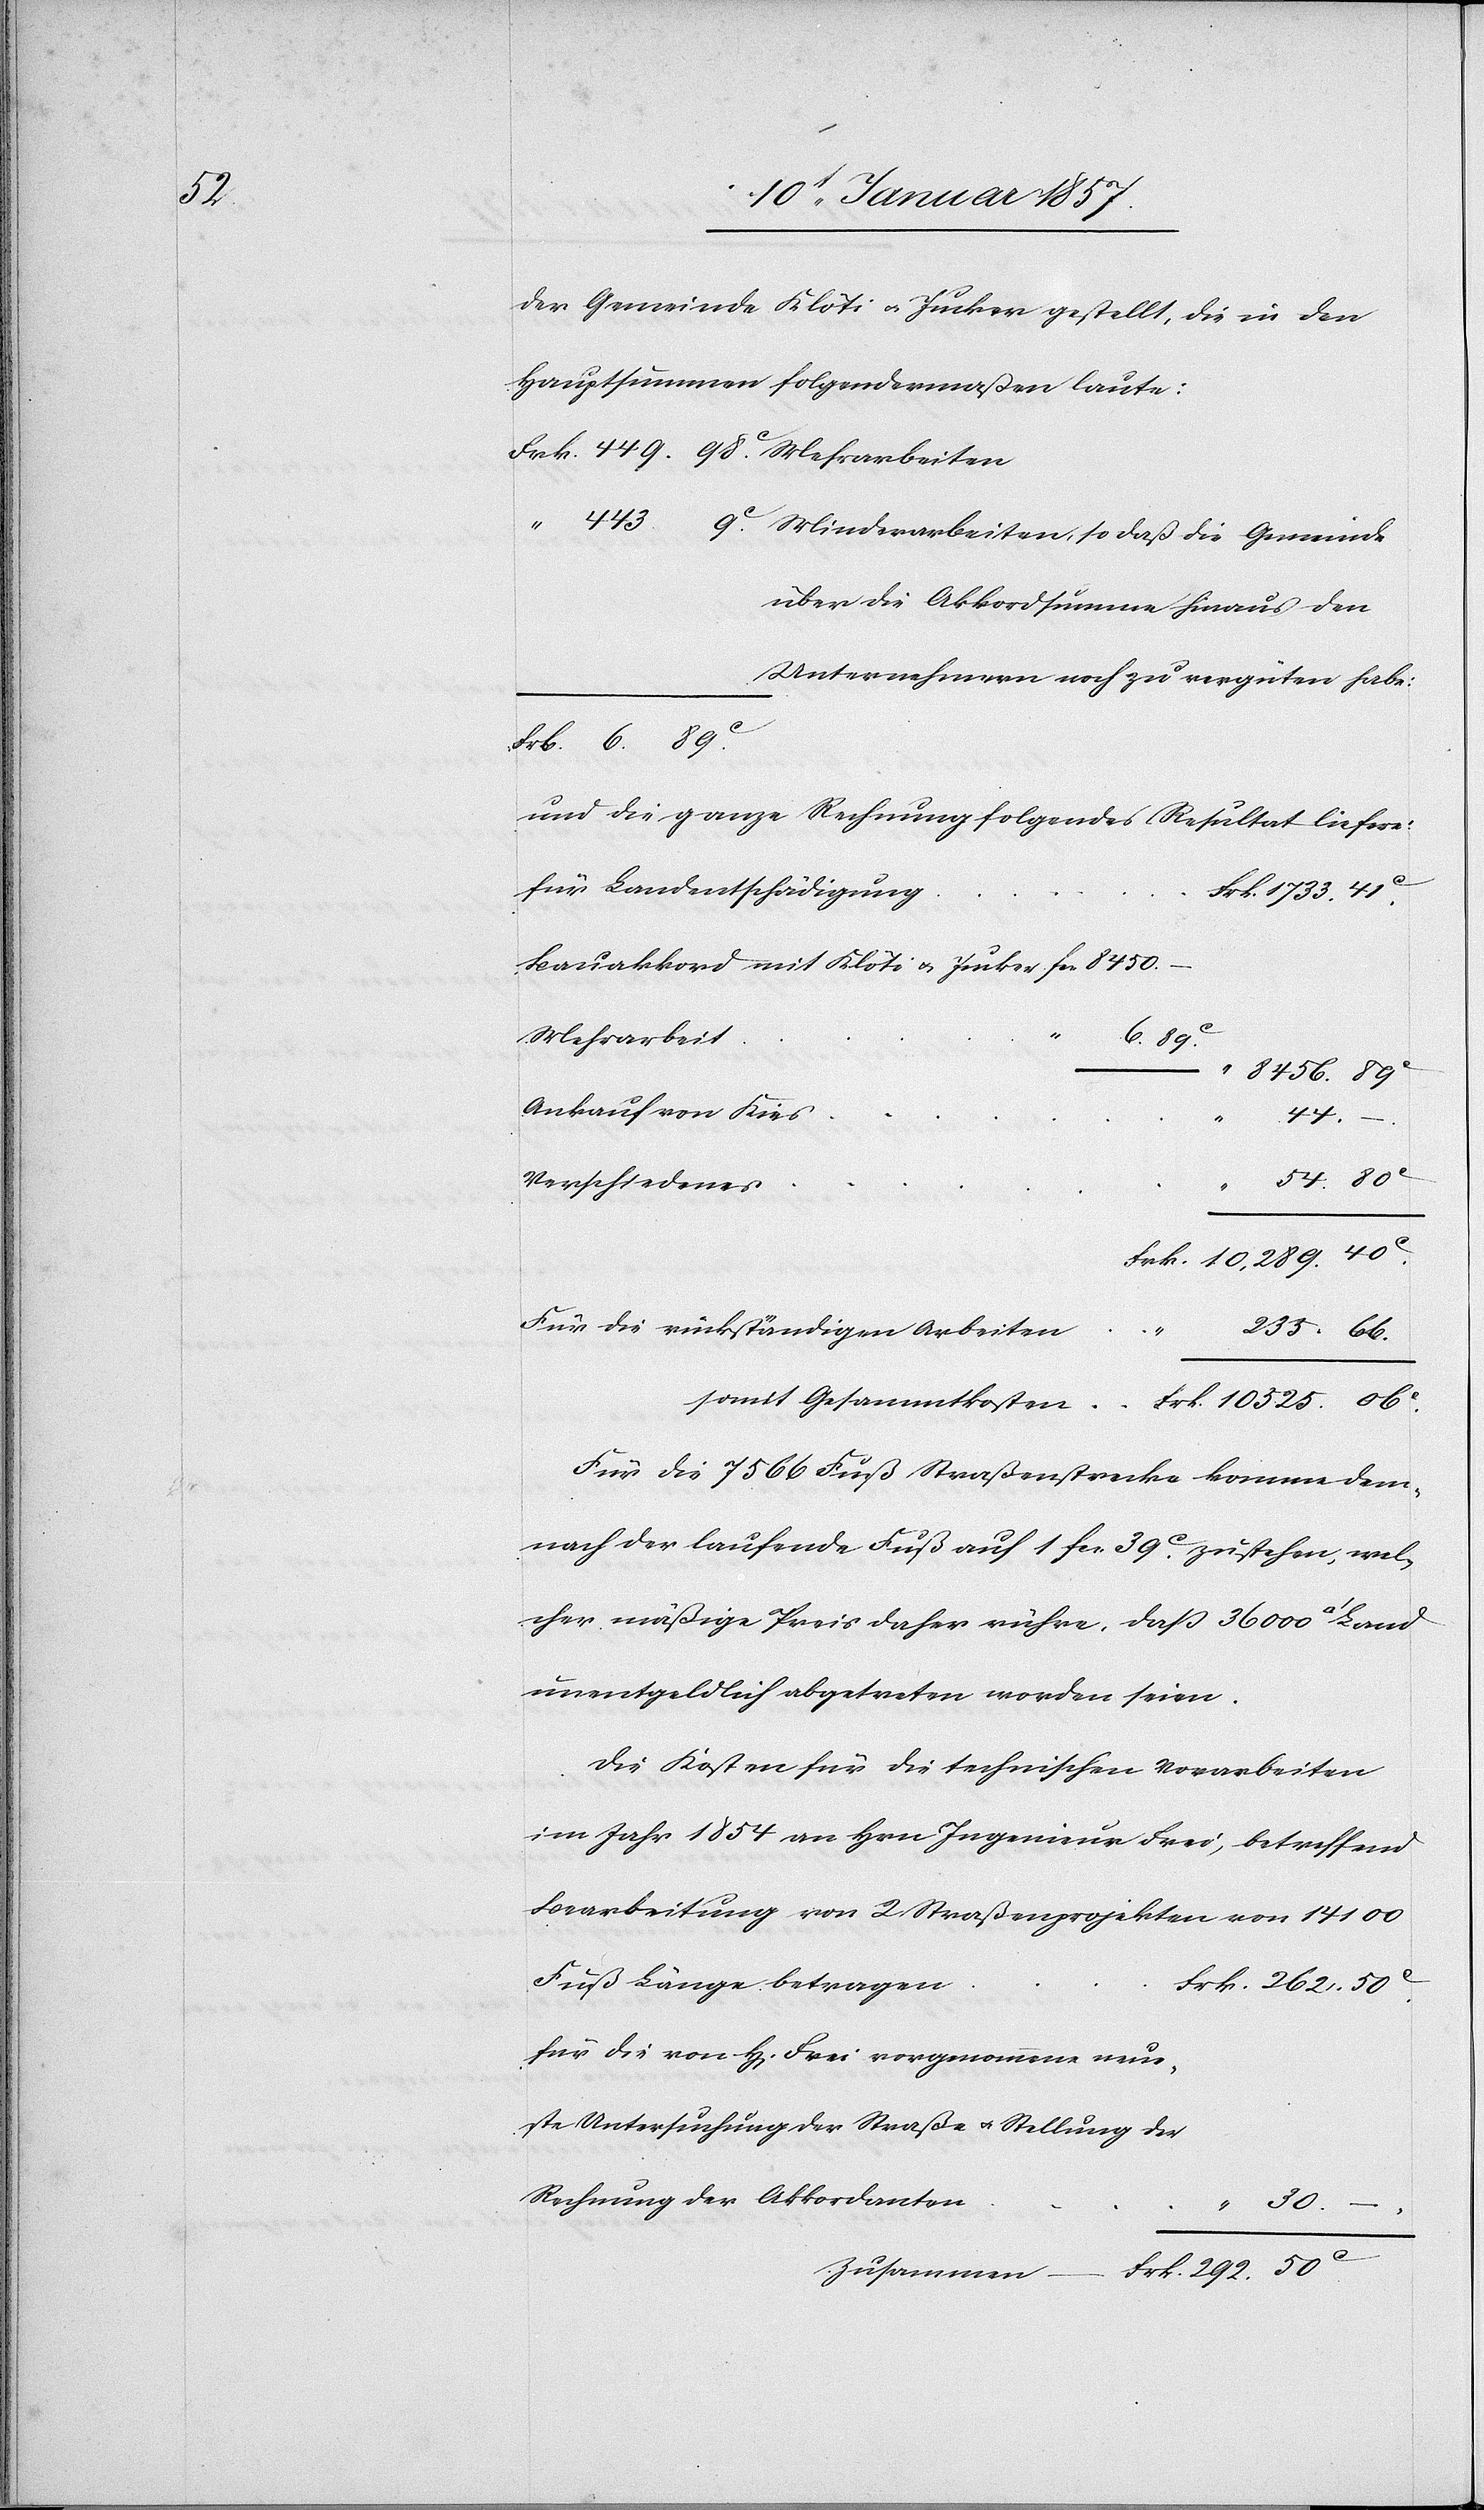
der Gemeinde Klöti u. Jucker gestellt, die in den
Hauptsummen folgendermaßen laute:
über die Akkordsummen hinaus den
Unternehmen noch mehr zu vergüten habe:
und die ganze Rechnung folgendes Resultat liefere:
für Landentschädigung
Bauakkord mit Klöti & Jucker
Mehrarbeit
Ankauf von Kies
30.
292.
50 c
Verschiedenes
frk.
Für die rückständigen Arbeiten
Für die 7566 Fuß Straßenstrecke komme dem¬
nach der laufende Fuß auf 1 fcs. 39 c zustehen, wel¬
cher mäßige Preis daher rühre, daß 36 000 [Qua¬
unentgeldlich abgetreten worden seien.
Die Kosten für die technischen Vorarbeiten
im Jahr 1854 an Hrn Ingenieur Frei, betreffend
Bearbeitung von 2 Straßenprojekten von 14 100
Fuss Länge betragen
für die von H[errn] Frei vorgenommene neue¬
ste Untersuchung der Straße u. Stellung der
Rechnung der Akkordanten
Zusammen –